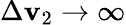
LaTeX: \Delta\mathbf{v}_{2}\to\infty